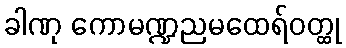
ခါဏု ကောမဏ္ဍညမထေရ်ဝတ္ထု